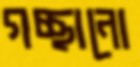
গচ্ছানো